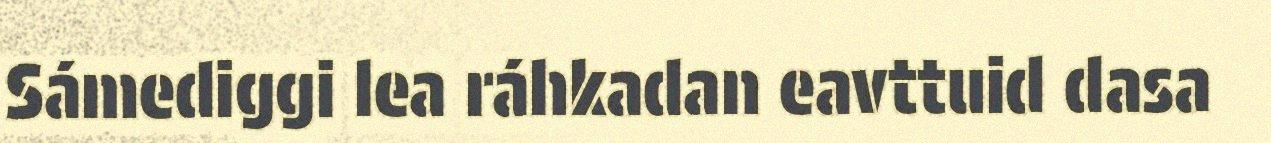
Sámediggi lea ráhkadan eavttuid dasa